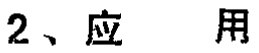
2、应 用